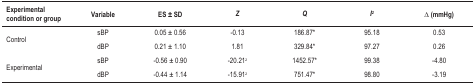
| Experimental condition or group | Variable | ES ± SD | Z | Q | I2 | Δ (mmHg) |
 | --- | --- | --- | --- | --- | --- | --- |
 | <ROWSPAN=2> Control | sBP | 0.05 ± 0.56 | -0.13 | 186.87* | 95.18 | 0.53 |
 | dBP | 0.21 ± 1.10 | 1.81 | 329.84* | 97.27 | 0.26 |
 | <ROWSPAN=2> Experimental | sBP | -0.56 ± 0.90 | -20.21z | 1452.57* | 99.38 | -4.80 |
 | dBP | -0.44 ± 1.14 | -15.91z | 751.47* | 98.80 | -3.19 |